Indian journal of veterinary science and animal husbandry - Volume 5,
Year: 1935
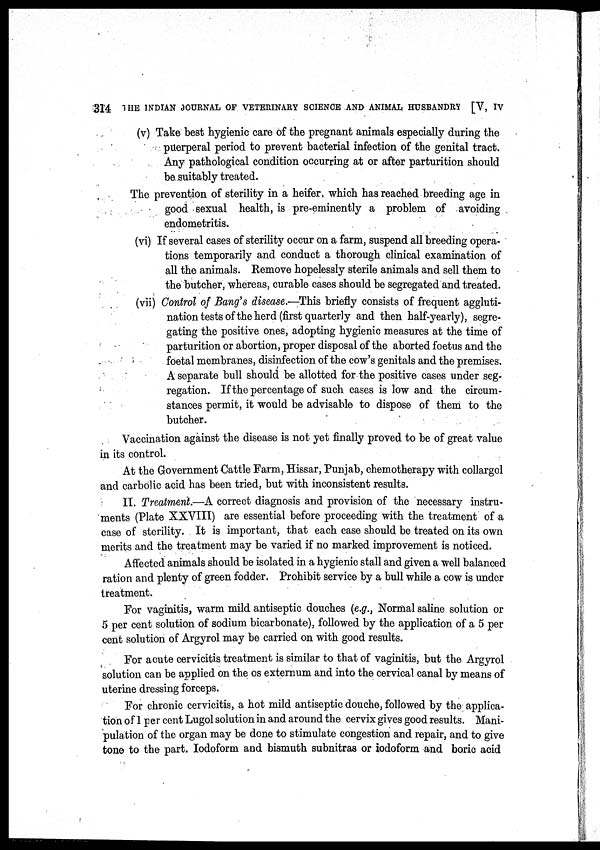
314 THE INDIAN JOURNAL OF VETERINARY SCIENCE AND ANIMAL HUSBANDRY [V, IV
(v) Take best hygienic care of the pregnant animals especially during the
puerperal period to prevent bacterial infection of the genital tract.
Any pathological condition occurring at or after parturition should
be suitably treated.
The prevention of sterility in a heifer, which has reached breeding age in
good sexual health, is pre-eminently a problem of avoiding
endometritis.
(vi) If several cases of sterility occur on a farm, suspend all breeding opera-
tions temporarily and conduct a thorough clinical examination of
all the animals. Remove hopelessly sterile animals and sell them to
the butcher, whereas, curable cases should be segregated and treated.
(vii) Control of Bang's disease.—This briefly consists of frequent aggluti-
nation tests of the herd (first quarterly and then half-yearly), segre-
gating the positive ones, adopting hygienic measures at the time of
parturition or abortion, proper disposal of the aborted foetus and the
foetal membranes, disinfection of the cow's genitals and the premises.
A separate bull should be allotted for the positive cases under seg-
regation. If the percentage of such cases is low and the circum-
stances permit, it would be advisable to dispose of them to the
butcher.
Vaccination against the disease is not yet finally proved to be of great value
in its control.
At the Government Cattle Farm, Hissar, Punjab, chemotherapy with collargol
and carbolic acid has been tried, but with inconsistent results.
II. Treatment.—A correct diagnosis and provision of the necessary instru-
ments (Plate XXVIII) are essential before proceeding with the treatment of a
case of sterility. It is important, that each case should be treated on its own
merits and the treatment may be varied if no marked improvement is noticed.
Affected animals should be isolated in a hygienic stall and given a well balanced
ration and plenty of green fodder. Prohibit service by a bull while a cow is under
treatment.
For vaginitis, warm mild antiseptic douches (e.g., Normal saline solution or
5 per cent solution of sodium bicarbonate), followed by the application of a 5 per
cent solution of Argyrol may be carried on with good results.
For acute cervicitis treatment is similar to that of vaginitis, but the Argyrol
solution can be applied on the os externum and into the cervical canal by means of
uterine dressing forceps.
For chronic cervicitis, a hot mild antiseptic douche, followed by the applica-
tion of 1 per cent Lugol solution in and around the cervix gives good results. Mani-
pulation of the organ may be done to stimulate congestion and repair, and to give
tone to the part. Iodoform and bismuth subnitras or iodoform and boric acid